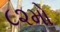
૮૨મો